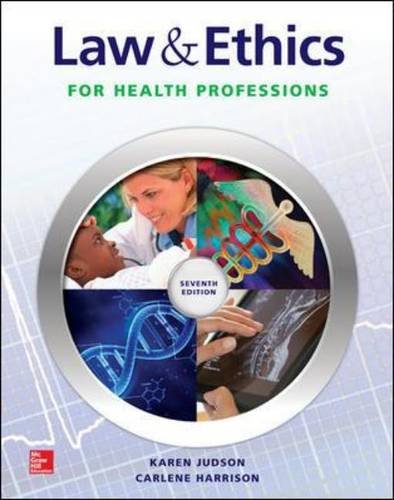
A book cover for Law & Ethics for Health Professions; Karen Judson; Medical Books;